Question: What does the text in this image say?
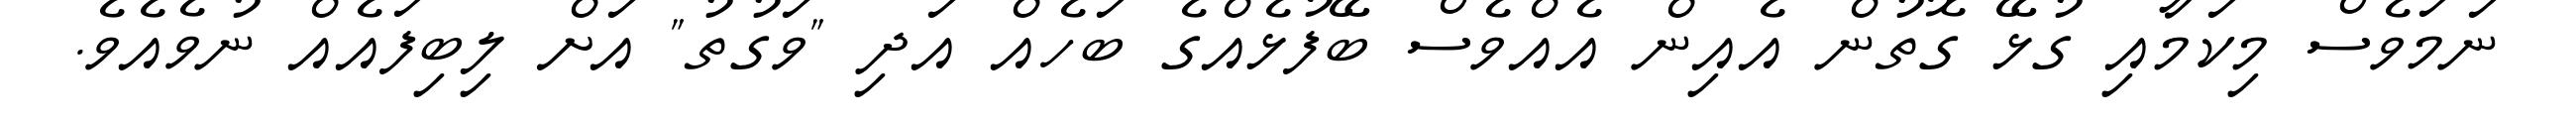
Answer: ނަމަވެސް މިކަމާއި ގުޅޭ ގޮތުން އެއިން އެއްވެސް ބޭފުޅެއްގެ ބަހެއް އަދި "ވަގުތު" އަށް ލިބިފައެއް ނުވެއެވެ.